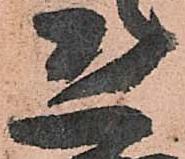
恐